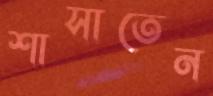
শাসাতেন